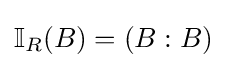
\mathbb {I} _{R}(B)=(B:B)